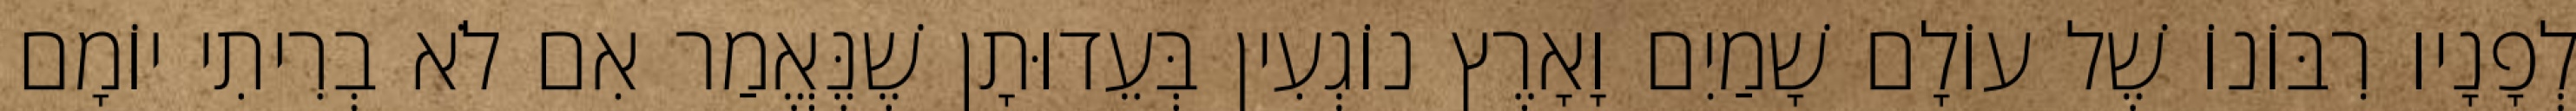
לְפָנָיו רִבּוֹנוֹ שֶׁל עוֹלָם שָׁמַיִם וָאָרֶץ נוֹגְעִין בְּעֵדוּתָן שֶׁנֶּאֱמַר אִם לֹא בְרִיתִי יוֹמָם